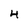
Character: 4